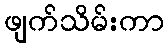
ဖျက်သိမ်းကာ